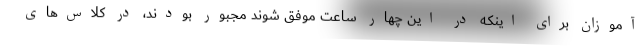
‌آموزان برای اینکه در این چهار ساعت موفق شوند مجبور بودند، در کلاس‌های